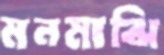
মনমাঝি